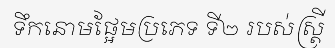
ទឹកនោមផ្អែមប្រភេទ ទី២ របស់ស្ត្រី